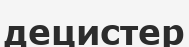
децистер